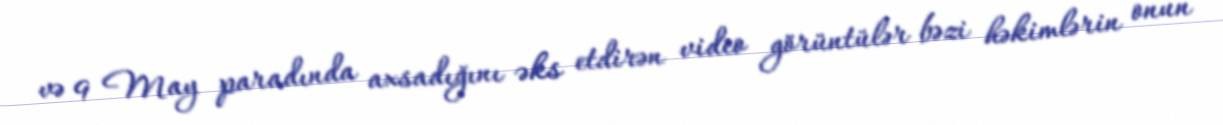
və 9 May paradında axsadığını əks etdirən video görüntülər bəzi həkimlərin onun